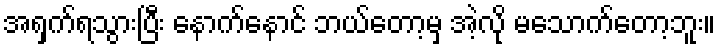
အရှက်ရသွားပြီး နောက်နောင် ဘယ်တော့မှ အဲ့လို မသောက်တော့ဘူး။